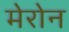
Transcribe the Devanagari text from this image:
मेरोन